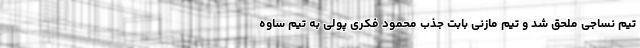
تیم نساجی ملحق شد و تیم مازنی بابت جذب محمود فکری پولی به تیم ساوه